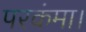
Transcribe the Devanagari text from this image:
परकंमा।